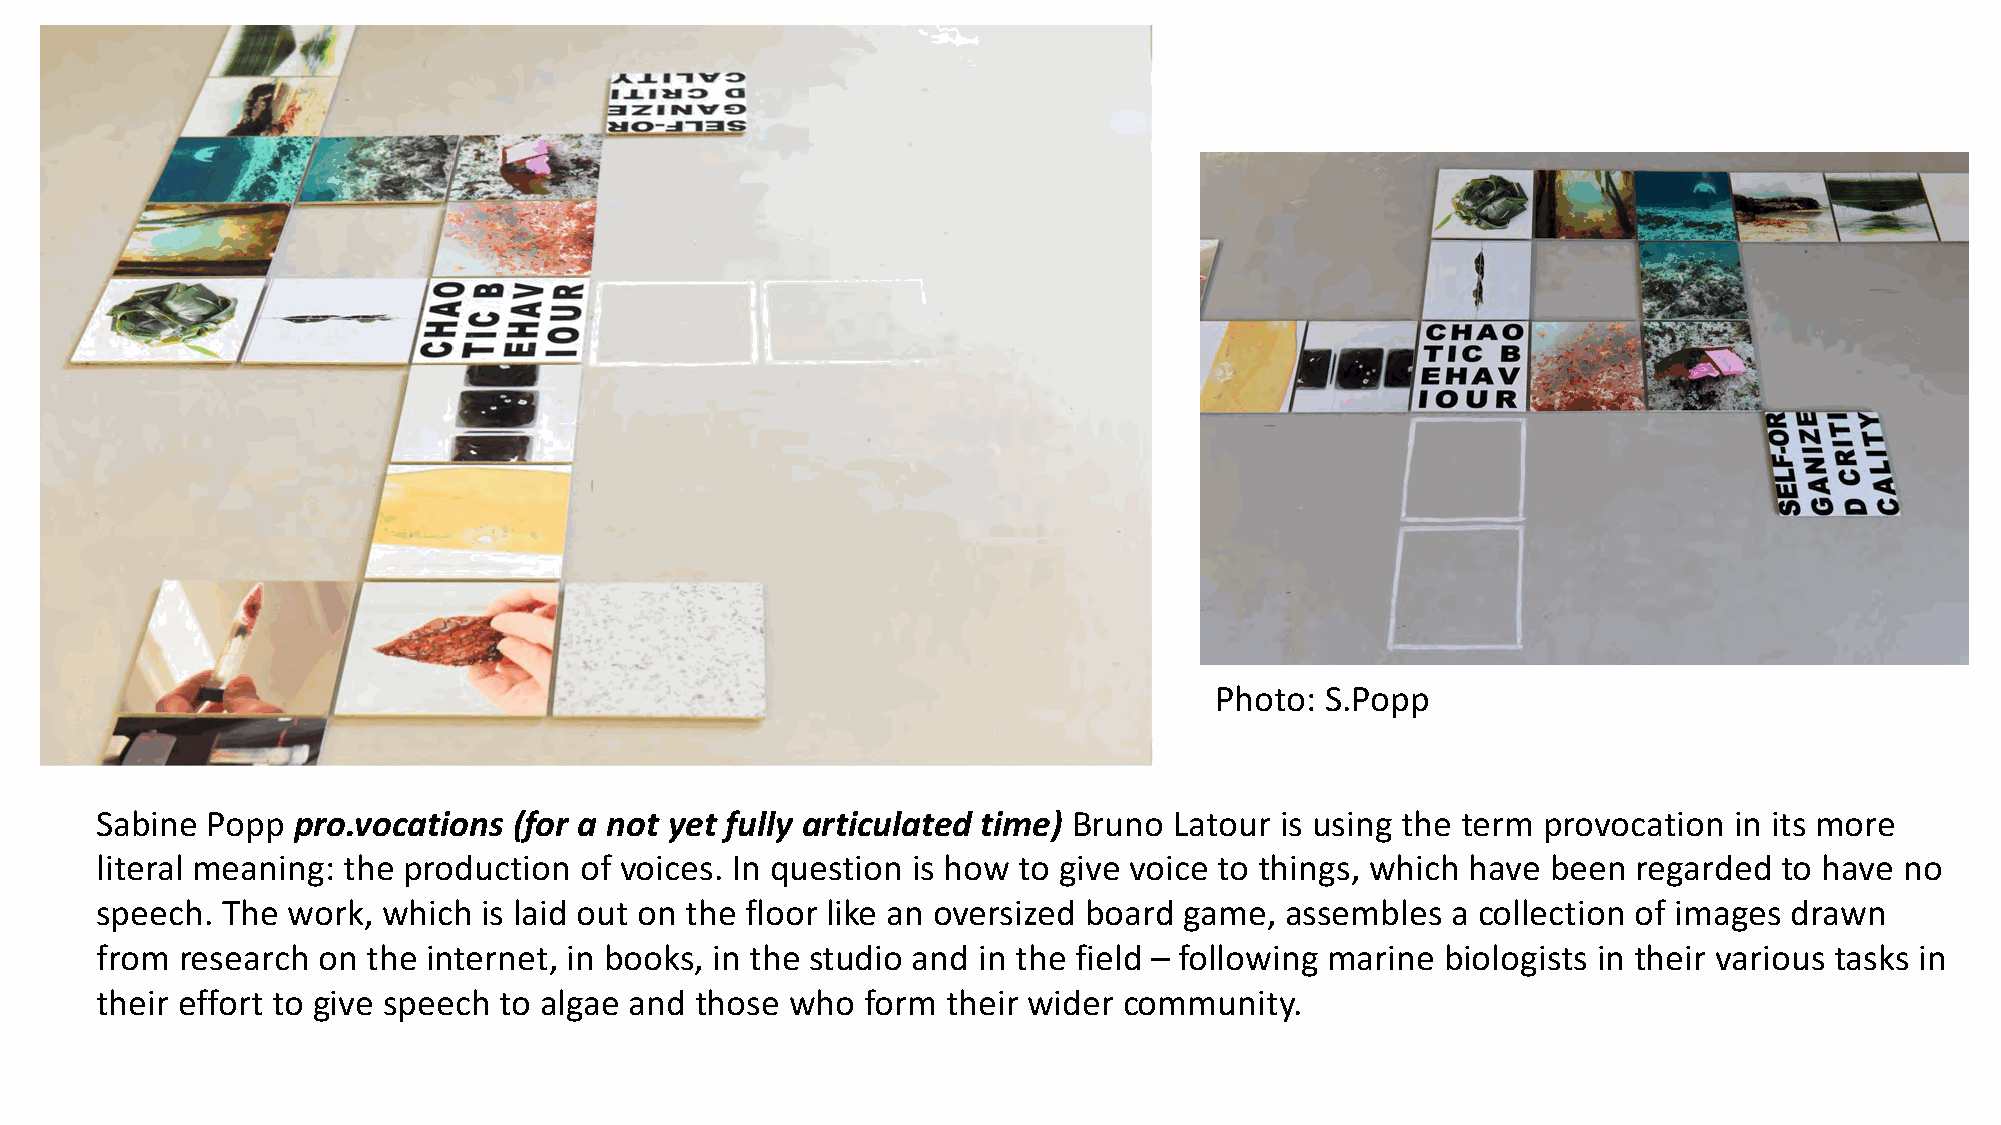
Photo:  S.Popp
 Sabine  Popp pro.vocations  (for a not yet fully articulated time) Bruno Latour is using the term provocation in its more
 literal meaning: the production of voices. In question is how to give voice to things, which have been regarded to have no
 speech.  The work, which  is laid out on the floor like an oversized board game, assembles a collection of images drawn
 from  research on the internet, in books, in the studio and in the field – following marine biologists in their various tasks in
 their effort to give speech to algae and those who form  their wider community.